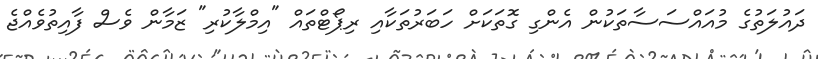
ދައުލަތުގެ މުއައްސަސާތަކުން އެންގި ގޮތަކަށް ހަބަރުތަކާއި ރިޕޯޓްތައް "އިމްލާކުރި" ޒަމާން ވެސް ފާއިތުވެއްޖެ